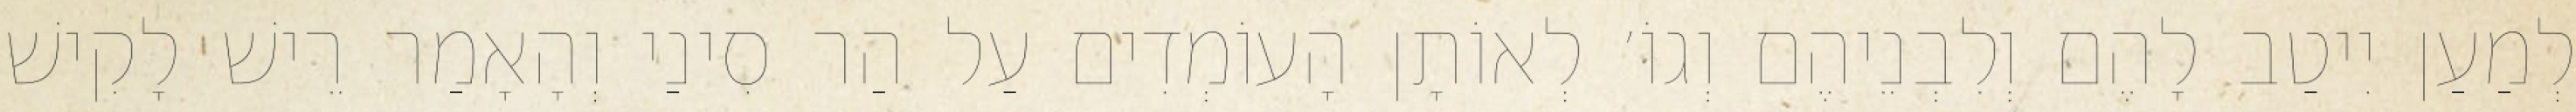
לְמַעַן יִיטַב לָהֶם וְלִבְנֵיהֶם וְגוֹ׳ לְאוֹתָן הָעוֹמְדִים עַל הַר סִינַי וְהָאָמַר רֵישׁ לָקִישׁ